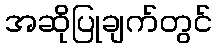
အဆိုပြုချက်တွင်